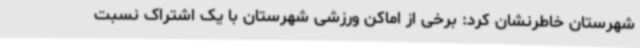
شهرستان خاطرنشان کرد: برخی از اماکن ورزشی شهرستان با یک اشتراک نسبت